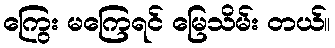
ကြွေး မကြေရင် မြေသိမ်း တယ်။